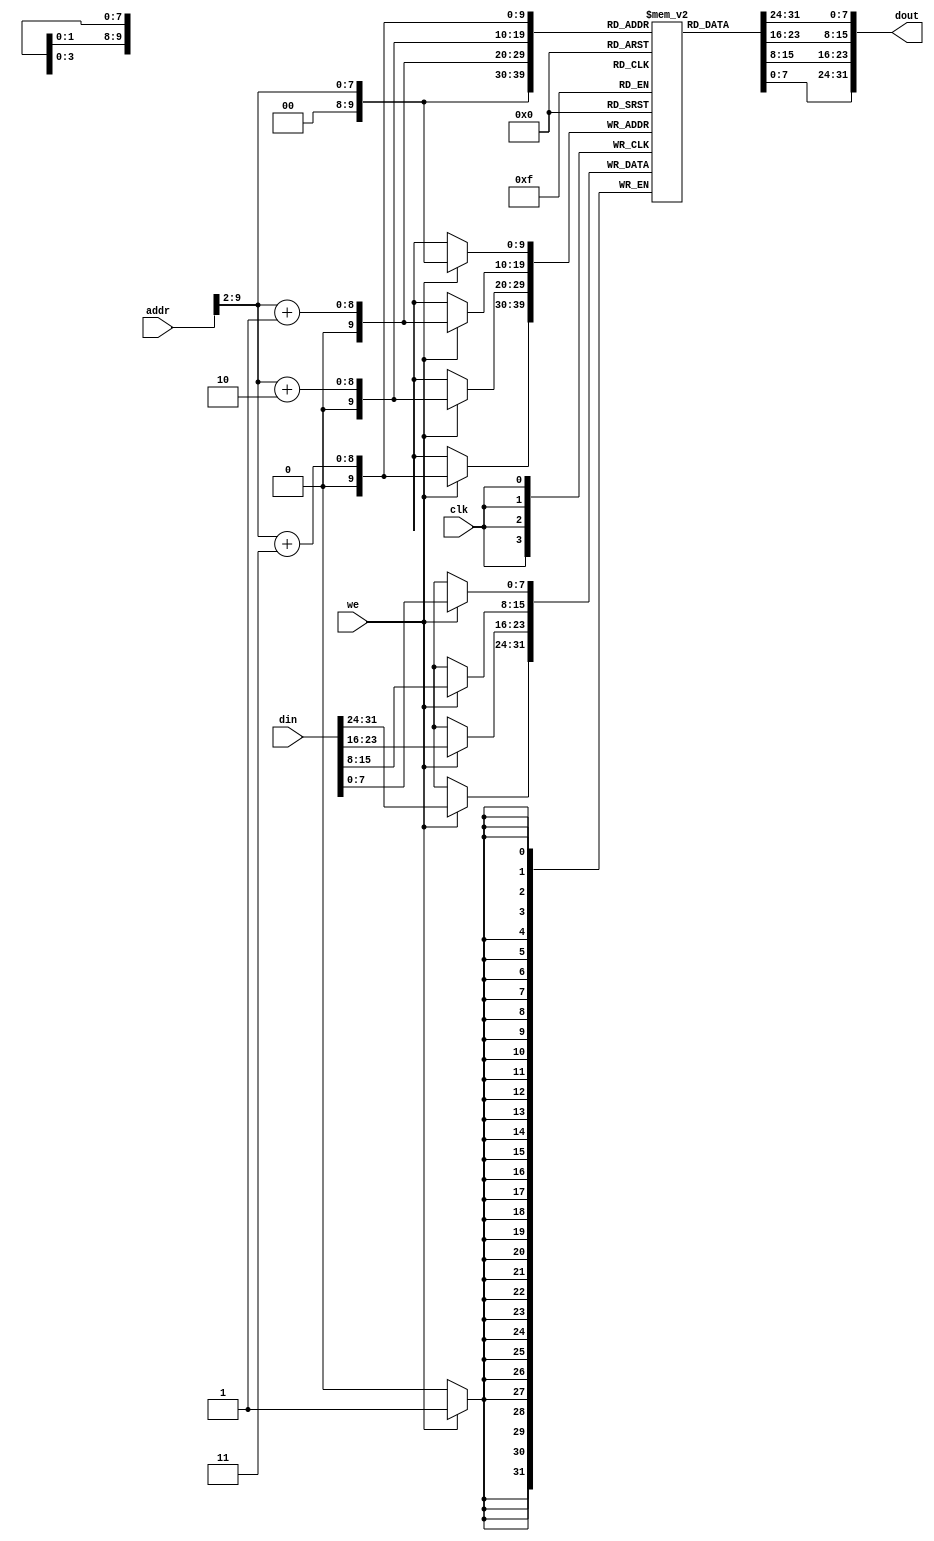
module dm_1k(addr, din, we, clk, dout) ;
    input   [9:0]  addr ;
    input   [31:0]  din ;
    input           we ;    // memory write enable
    input           clk ;
    output  [31:0]  dout ;
    reg     [7:0]  dm[1023:0] ;//1024 bytes
    integer i;
    
    initial begin
        for (i = 0;i < 1024;i = i+1)
            dm[i] = 8'b0;
    end

    always @ (posedge clk) begin
        if(we) begin
            dm[addr[9:2]]<=din[7:0];
            dm[addr[9:2]+1]<=din[15:8];
            dm[addr[9:2]+2]<=din[23:16];
            dm[addr[9:2]+3]<=din[31:24];
        end
    end
    assign dout={dm[addr[9:2]+3],dm[addr[9:2]+2],dm[addr[9:2]+1],dm[addr[9:2]]};
endmodule